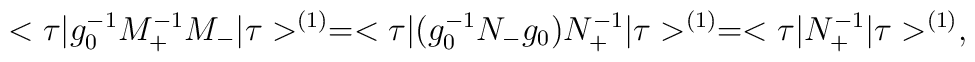
<\tau\vert g_0^{-1}M_+^{-1}M_-\vert\tau >^{(1)}= <\tau\vert(g_0^{-1}N_-g_0)N_+^{-1}\vert\tau>^{(1)}=<\tau\vert N_+^{-1}\vert\tau >^{(1)},